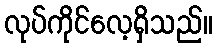
လုပ်ကိုင်လေ့ရှိသည်။